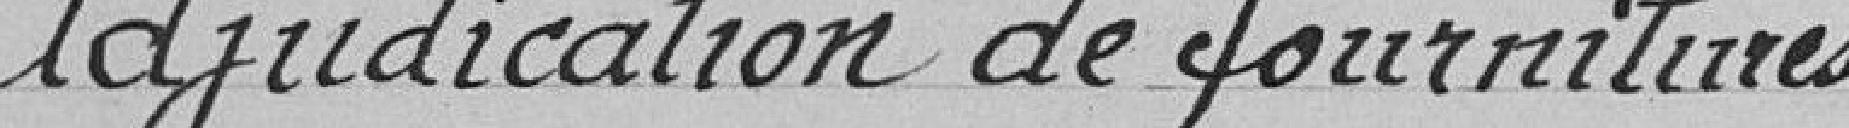
Adjudication de fournitures